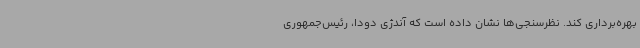
بهره‌برداری کند. نظرسنجی‌ها نشان داده است که آندژی دودا، رئیس‌جمهوری